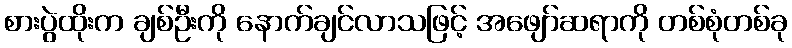
စားပွဲထိုးက ချစ်ဦးကို နောက်ချင်လာသဖြင့် အဖျော်ဆရာကို တစ်စုံတစ်ခု